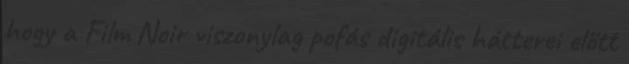
hogy a Film Noir viszonylag pofás digitális hátterei előtt